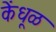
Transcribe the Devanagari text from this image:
केंधूळ